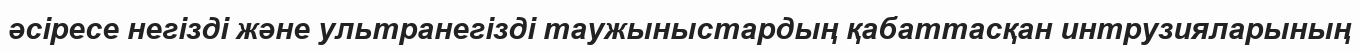
әсіресе негізді және ультранегізді таужыныстардың қабаттасқан интрузияларының